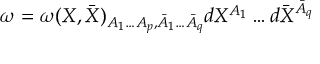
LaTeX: \omega = \omega ( X , \bar { X } ) _ { A _ { 1 } \ldots A _ { p } , \bar { A } _ { 1 } \ldots \bar { A } _ { q } } d X ^ { A _ { 1 } } \ldots d \bar { X } ^ { \bar { A } _ { q } }